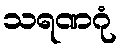
သရဏဂုံ